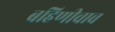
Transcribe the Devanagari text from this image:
बहिणीचाच